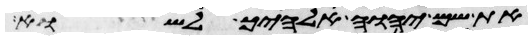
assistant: את שם יהוה אלהיך לשוא